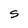
Character: S